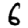
Digit: 6